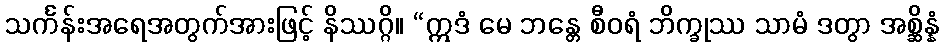
သင်္ကန်းအရေအတွက်အားဖြင့် နိဿဂ္ဂိ။ “ဣဒံ မေ ဘန္တေ စီဝရံ ဘိက္ခုဿ သာမံ ဒတွာ အစ္ဆိန္နံ